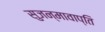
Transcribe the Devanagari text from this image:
सुजन्मावाप्ति